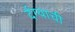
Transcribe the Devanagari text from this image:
र्दग्याची